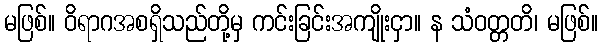
မဖြစ်။ ဝိရာဂအစရှိသည်တို့မှ ကင်းခြင်းအကျိုးငှာ။ န သံဝတ္တတိ၊ မဖြစ်။